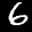
Label: 6